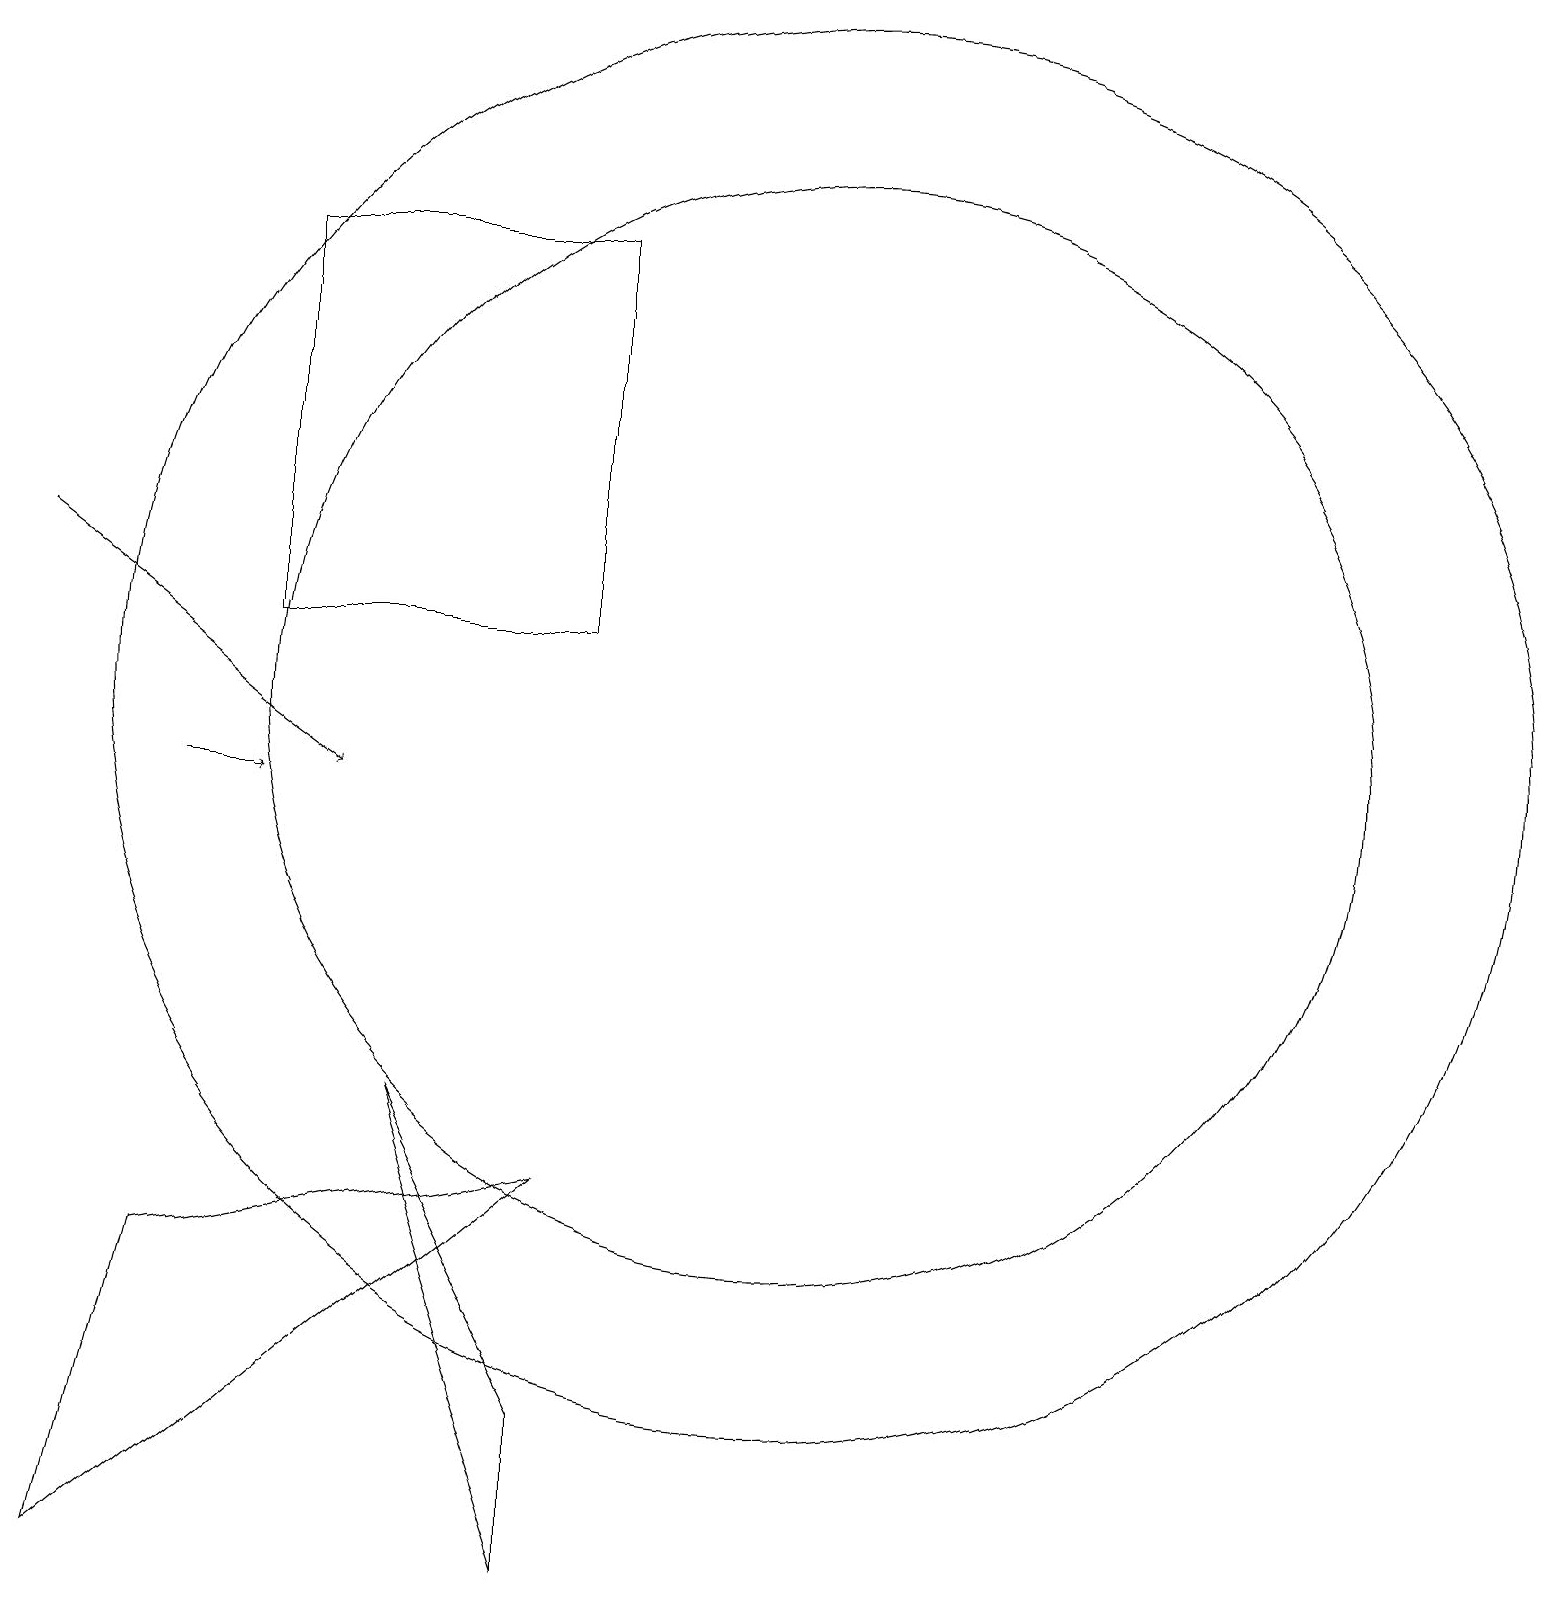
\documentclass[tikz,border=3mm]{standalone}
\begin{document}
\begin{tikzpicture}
\draw[->] (3,10) -- (4,10);
\draw (11,11) circle (7);
\draw (11,11) circle (9);
\draw (8,5) -- (3,4) -- (2,0) -- cycle;
\draw (8,12) rectangle (4,17);
\draw (8,0) -- (6,6) -- (8,2) -- cycle;
\draw[->] (1,13) -- (5,10);
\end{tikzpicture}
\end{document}